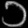
Digit: ၁